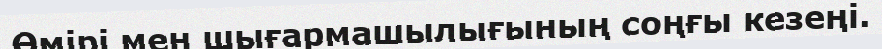
Өмірі мен шығармашылығының соңғы кезеңі.